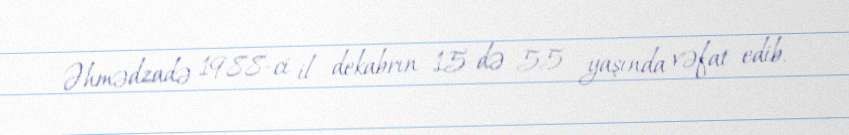
Əhmədzadə 1988-ci il dekabrın 15-də 55 yaşında vəfat edib.